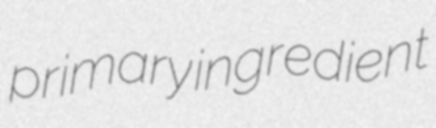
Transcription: primary ingredient